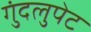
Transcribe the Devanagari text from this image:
गुंदलुपेट